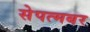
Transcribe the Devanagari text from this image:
सेपत्मबर